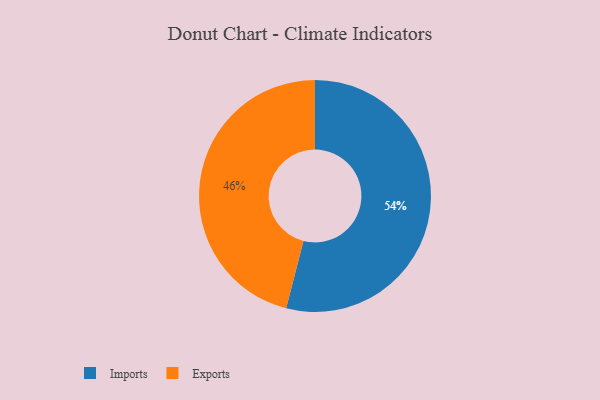
{"axis": {"x": "Category", "y": "Percentage"}, "legend": ["Exports", "Imports"], "data": [{"x": "Exports", "y": 46, "type": "Exports"}, {"x": "Imports", "y": 54, "type": "Imports"}]}